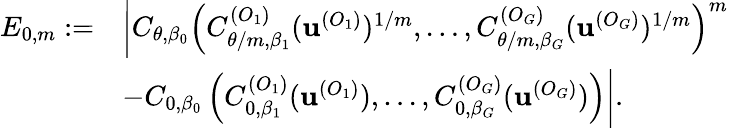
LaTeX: \begin{array}{rl}{E_{0,m}:=}&{\bigg|C_{\theta,\beta_{0}}\left(C_{\theta/m,\beta_{1}}^{(O_{1})}(\textbf{u}^{(O_{1})})^{1/m},\dots,C_{\theta/m,\beta_{G}}^{(O_{G})}(\textbf{u}^{(O_{G})})^{1/m}\right)^{m}}\\ &{-C_{0,\beta_{0}}\left(C_{0,\beta_{1}}^{(O_{1})}(\textbf{u}^{(O_{1})}),\dots,C_{0,\beta_{G}}^{(O_{G})}(\textbf{u}^{(O_{G})})\right)\bigg|.}\end{array}